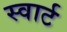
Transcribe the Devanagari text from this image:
स्वार्ट